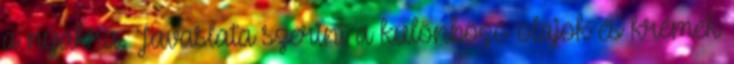
a nyakra. Javaslata szerint a különböző olajok és krémek